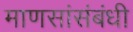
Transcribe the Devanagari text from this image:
माणसांसंबंधी